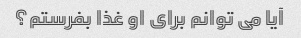
آیا می توانم برای او غذا بفرستم؟